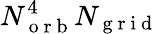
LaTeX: N_{\mathrm{~o~r~b~}}^{4}N_{\mathrm{~g~r~i~d~}}